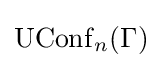
\operatorname {UConf} _{n}(\Gamma )